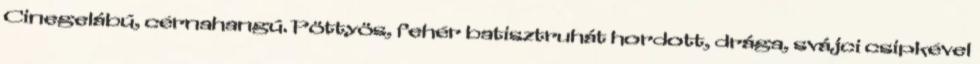
Cinegelábú, cérnahangú. Pöttyös, fehér batisztruhát hordott, drága, svájci csipkével